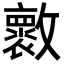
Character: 𣀩